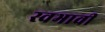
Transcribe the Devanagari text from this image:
स्वभावी